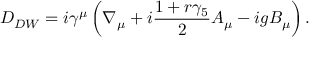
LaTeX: D _ { D W } = i \gamma ^ { \mu } \left( \nabla _ { \mu } + i \frac { 1 + r \gamma _ { 5 } } { 2 } A _ { \mu } - i g B _ { \mu } \right) .